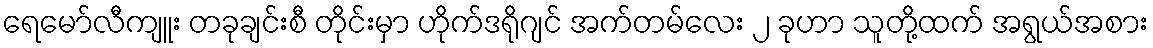
ရေမော်လီကျူး တခုချင်းစီ တိုင်းမှာ ဟိုက်ဒရိုဂျင် အက်တမ်လေး ၂ ခုဟာ သူတို့ထက် အရွယ်အစား